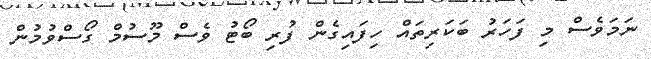
ނަމަވެސް މި ފަހަރު ބަކަރިތައް ހިފައިގެން ފުރި ބޯޓު ވެސް މޫސުމް ގޯސްވުމުން